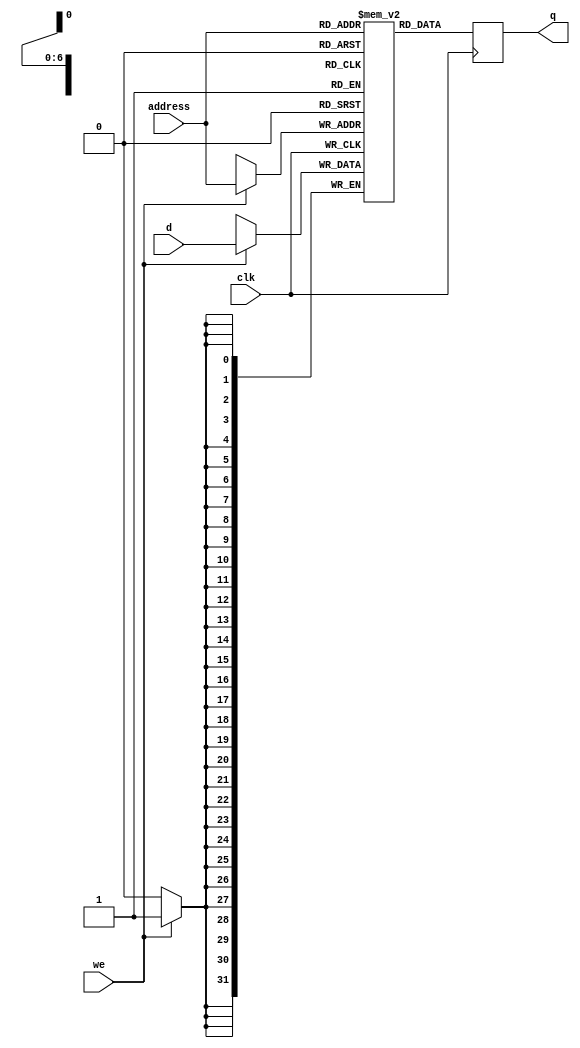
module RAM128x32 
#(
  parameter Data_width = 32,  //# of bits in word
            Addr_width = 7  // # of address bits
  )
  (  //ports
    input wire clk,
    input wire we,
    input wire [(Addr_width-1):0] address, 
    input wire [(Data_width-1):0] d,
    output wire [(Data_width-1):0] q
  );
reg[Data_width-1:0] mem[2**Addr_width-1:0];

reg [Data_width-1:0] mem1;

always@(posedge clk)

begin

if(we)

mem[address]<= d;

mem1 <=mem[address];

end

assign q =mem1;

endmodule